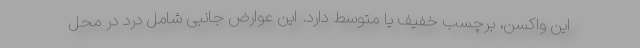
این واکسن، برچسب خفیف یا متوسط دارد. این عوارض جانبی شامل درد در محل